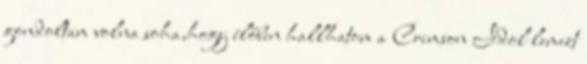
gondoltam volna soha,hogy élőben hallhatom a Crimson Idol lemezt